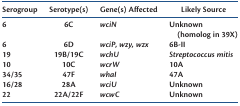
<table><thead><tr><td><b>Serogroup</b></td><td><b>Serotype(s)</b></td><td><b>Gene(s) Affected</b></td><td><b>Likely Source</b></td></tr></thead><tbody><tr><td>6</td><td>6C</td><td><i>wciN</i></td><td>Unknown (homolog in 39X)</td></tr><tr><td>6</td><td>6D</td><td><i>wciP, wzy, wzx</i></td><td>6B-II</td></tr><tr><td>19</td><td>19B/19C</td><td><i>wchU</i></td><td><i>Streptococcus mitis</i></td></tr><tr><td>10</td><td>10C</td><td><i>wcrW</i></td><td>10A</td></tr><tr><td>34/35</td><td>47F</td><td><i>whaI</i></td><td>47A</td></tr><tr><td>16/28</td><td>28A</td><td><i>wciU</i></td><td>Unknown</td></tr><tr><td>22</td><td>22A/22F</td><td><i>wcwC</i></td><td>Unknown</td></tr></tbody></table>